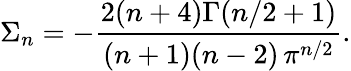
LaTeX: \Sigma_{n}=-{\frac{2(n+4)\Gamma(n/2+1)}{(n+1)(n-2)\, \pi^{n/2}}}.